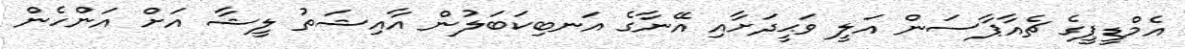
އެމްޑީޕީގެ ޗެއާޕާސަން އަލީ ވަޙީދަށާއި އޭނާގެ އަނބިކަބަލުން އާއިޝަތު ލީޝާ އަށް އަންހެން